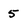
Character: 5